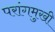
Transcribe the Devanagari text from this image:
परांगमुखी